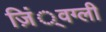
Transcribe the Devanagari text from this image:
ज़िं्वग्ली